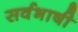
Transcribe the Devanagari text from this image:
सर्वभाषी